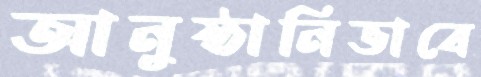
আনুষ্ঠানিভাবে